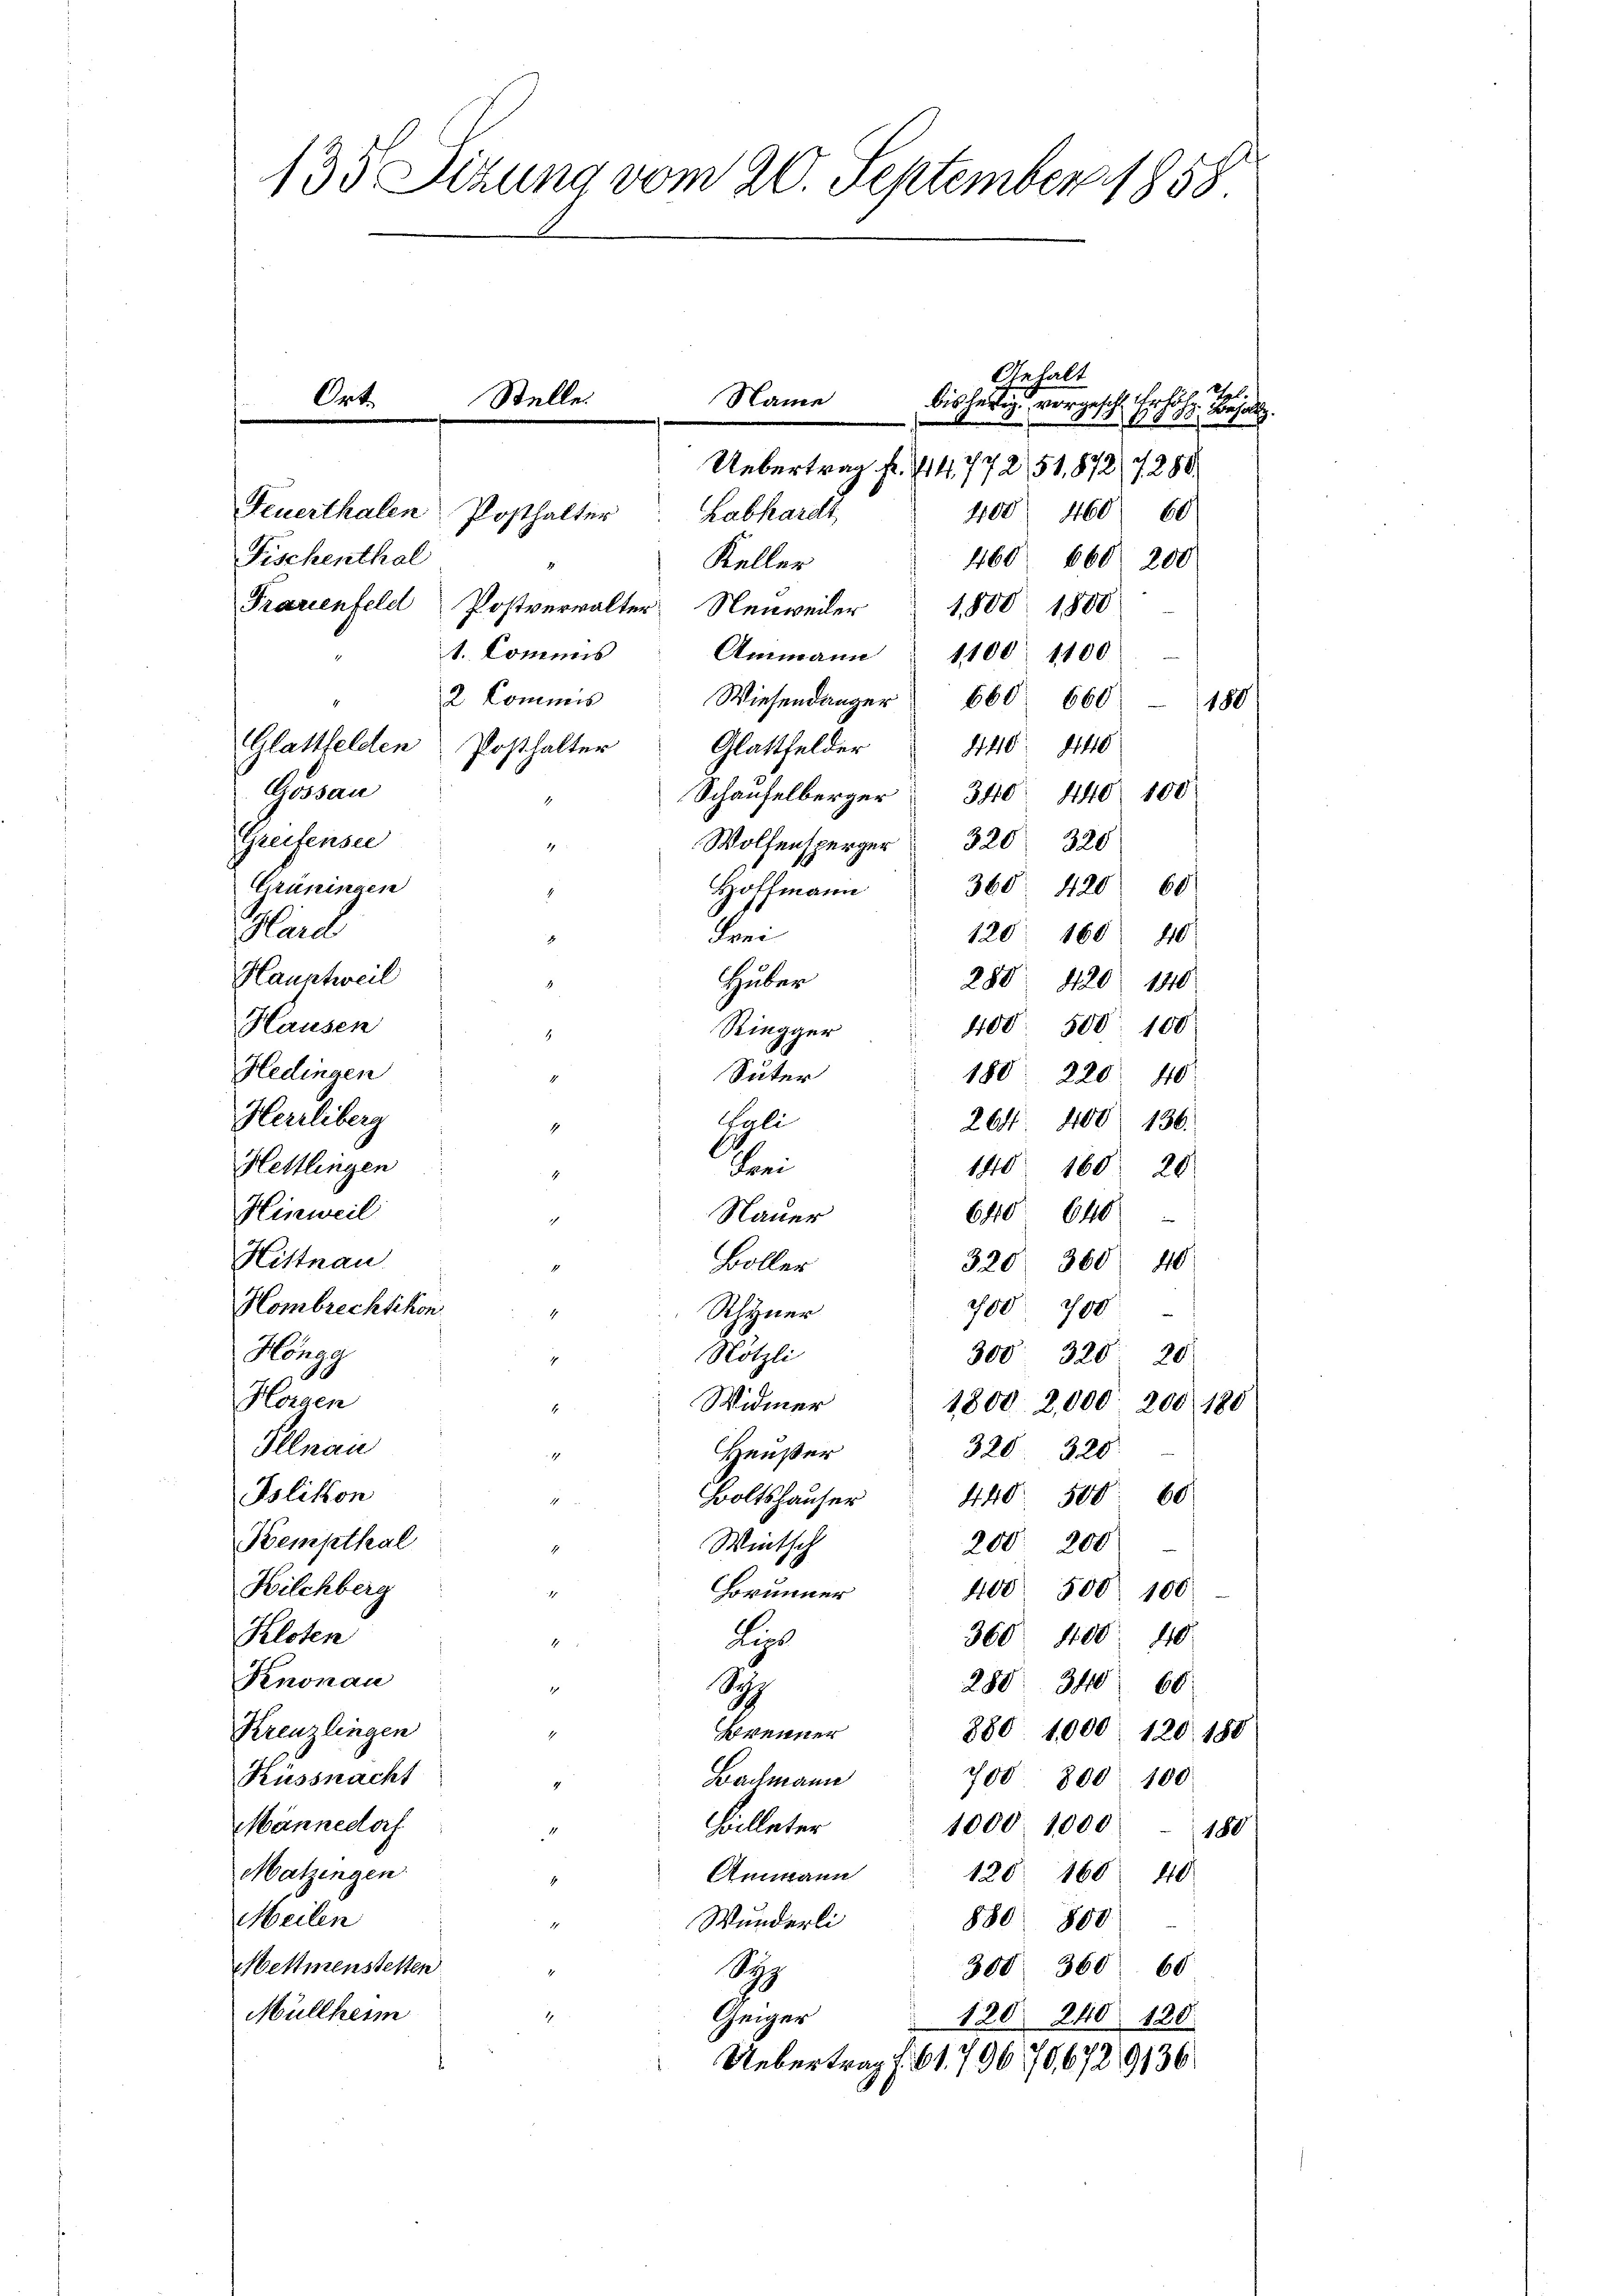
bisherig vorgesch. Er hohe Besold.
Feuerthalen
400 460
60/
Fischenthal
460. 660. 200
Keller
8
Frarienfeld Postverwalter Neuweiler 1800 1800
Ammann " 1100. 1100
2 Commis Wiesendanger 660. 660
180
446. 440
Gossau
Schaufelberger 30 440 100
Greifensei
Wolfensperg  2320
Grüningen
Hoffmann 360. 420 60
Haid
Frei
120. 160 40
Hauntweil
Huber
280 420. 140
Hausen
400. 500. 100
Riegger
Hedingen
Suter
180. 220. 40
Herrliberg
yli
264 400 136.
4
Hettlingen
Schrei
140. 160 20
Hinweil
640 640
Nauer
17
Hittnau
320 360 40
Boller
Hombrechtikon
200700
4
Rhyner
Hengg
Nötzli
300' 320 20
Horgen
Widmer
1800 2,000, 200 180
Illnau
320. 320
Heußer
Tolikon
Boltshäuser 440. 500. 60
Kempthal
Wintsch
200 200
Hilchberg
400 500. 100
Brunner
Kloten
360. 1100 40
Let
Knonau
288. 340
60
Si
Kreuzlingen
880. 1000. 120. 188
Brenner
.
Küssnacht
Bachmann
708 800 100
Männedorf
Billeter
1000. 1000 - 180
Matzingen.
Ammann
120 160 40
Meilen
Wunderli
1
880 800
Mettmenstetten
300 360 68
Syp
Müllheim
Geiger
120. 240. 120.
Uebertrag f. 61, 7967/G,6729136

135 Sizung vom 20. September 1858

Ort.

Name

Uebertrag Fr. 214,772,51,872/7280
Labhardt,
Posthalter

Stelle.

1. Commis
Glattfelden Posthalter Glattfelder

Gehalt

Thl.